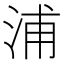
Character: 浦